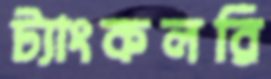
ট্যাংকলরি